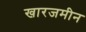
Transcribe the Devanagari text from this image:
खारजमीन